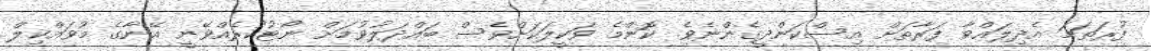
ފުރަތަމަ އެދިލައްވާ ފަރާތަށް އިސްކަންދީގެންނެވެ. ކޮންމެ ވަކީލަކަށްވެސް ބައްދަލުވުމަށް ނޯޓުކުރެއްވޭނީ އޭނާގެ މުވައްކިލް